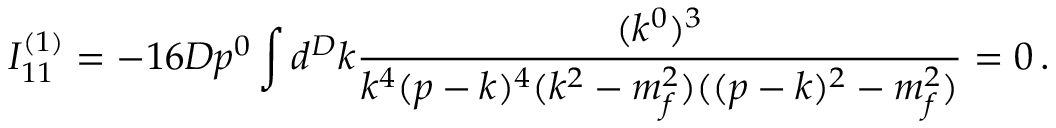
I _ { 1 1 } ^ { ( 1 ) } = - 1 6 D p ^ { 0 } \int d ^ { D } k \frac { ( k ^ { 0 } ) ^ { 3 } } { k ^ { 4 } ( p - k ) ^ { 4 } ( k ^ { 2 } - m _ { f } ^ { 2 } ) ( ( p - k ) ^ { 2 } - m _ { f } ^ { 2 } ) } = 0 \, .